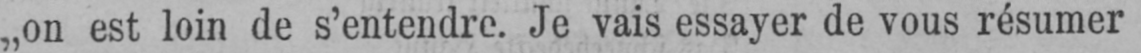
„on est loin de s’entendre. Je vais essayer de vous résumer